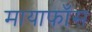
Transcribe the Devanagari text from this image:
मायाफाँस